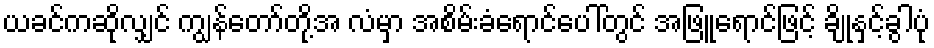
ယခင်ကဆိုလျှင် ကျွန်တော်တို့အ လံမှာ အစိမ်းခံရောင်ပေါ်တွင် အဖြူရောင်ဖြင့် ချိုနှင့်ခွါပုံ